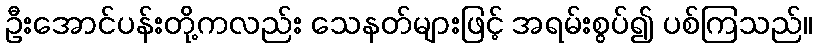
ဦးအောင်ပန်းတို့ကလည်း သေနတ်များဖြင့် အရမ်းစွပ်၍ ပစ်ကြသည်။